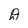
Character: D